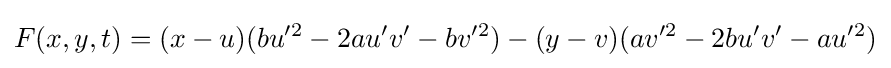
F(x,y,t)=(x-u)(bu'^{2}-2au'v'-bv'^{2})-(y-v)(av'^{2}-2bu'v'-au'^{2})